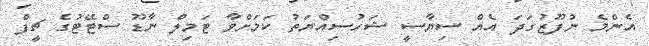
އެންމެ ނުފޫޒުގަދަ އެއް ސިޔާސީ ޝަހުސިއްޔަތު ކަމަށްވާ ޓަމިލް ނާޑޫ ސްޓޭޓުގެ ޗީފް